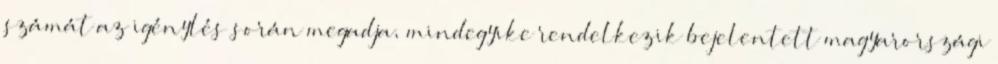
számát az igénylés során megadja, mindegyike rendelkezik bejelentett magyarországi